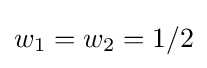
w_{1}=w_{2}=1/2